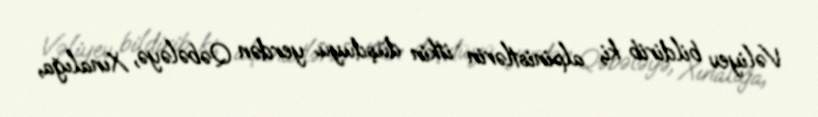
Vəliyev bildirib ki, alpinistlərin itkin düşdüyü yerdən Qəbələyə, Xınalığa,